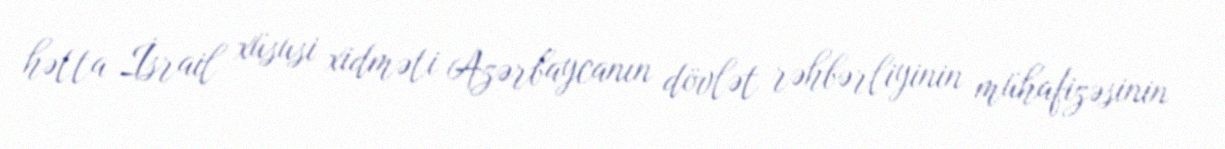
hətta İsrail xüsusi xidməti Azərbaycanın dövlət rəhbərliyinin mühafizəsinin